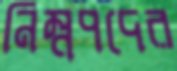
নিম্নপদের